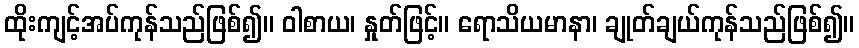
ထိုးကျင့်အပ်ကုန်သည်ဖြစ်၍။ ဝါစာယ၊ နှုတ်ဖြင့်။ ရောသိယမာနာ၊ ချုတ်ချယ်ကုန်သည်ဖြစ်၍။